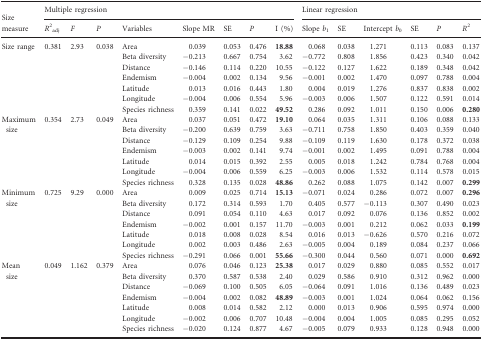
<table><thead><tr><td rowspan="2"><b>Size measure</b></td><td colspan="8"><b>Multiple regression</b></td><td colspan="6"><b>Linear regression</b></td></tr><tr><td><b><i>R</i><sup>2</sup><sub>adj</sub></b></td><td><b><i>F</i></b></td><td><b><i>P</i></b></td><td><b>Variables</b></td><td><b>Slope MR</b></td><td><b>SE</b></td><td><b><i>P</i></b></td><td><b>I (%)</b></td><td><b>Slope <i>b</i><sub>1</sub></b></td><td><b>SE</b></td><td><b>Intercept <i>b</i><sub>0</sub></b></td><td><b>SE</b></td><td><b><i>P</i></b></td><td><b><i>R</i><sup>2</sup></b></td></tr></thead><tbody><tr><td rowspan="7">Size range</td><td rowspan="7">0.381</td><td rowspan="7">2.93</td><td rowspan="7">0.038</td><td>Area</td><td>0.039</td><td>0.053</td><td>0.476</td><td><b>18.88</b></td><td>0.068</td><td>0.038</td><td>1.271</td><td>0.113</td><td>0.083</td><td>0.137</td></tr><tr><td>Beta diversity</td><td>−0.213</td><td>0.667</td><td>0.754</td><td>3.62</td><td>−0.772</td><td>0.808</td><td>1.856</td><td>0.423</td><td>0.340</td><td>0.042</td></tr><tr><td>Distance</td><td>−0.146</td><td>0.114</td><td>0.220</td><td>10.55</td><td>−0.122</td><td>0.127</td><td>1.622</td><td>0.189</td><td>0.348</td><td>0.042</td></tr><tr><td>Endemism</td><td>−0.004</td><td>0.002</td><td>0.134</td><td>9.56</td><td>−0.001</td><td>0.002</td><td>1.470</td><td>0.097</td><td>0.788</td><td>0.004</td></tr><tr><td>Latitude</td><td>0.013</td><td>0.016</td><td>0.443</td><td>1.80</td><td>0.004</td><td>0.019</td><td>1.276</td><td>0.837</td><td>0.838</td><td>0.002</td></tr><tr><td>Longitude</td><td>−0.004</td><td>0.006</td><td>0.554</td><td>5.96</td><td>−0.003</td><td>0.006</td><td>1.507</td><td>0.122</td><td>0.591</td><td>0.014</td></tr><tr><td>Species richness</td><td>0.359</td><td>0.141</td><td>0.022</td><td><b>49.52</b></td><td>0.286</td><td>0.092</td><td>1.011</td><td>0.150</td><td>0.006</td><td><b>0.280</b></td></tr><tr><td rowspan="7">Maximum size</td><td rowspan="7">0.354</td><td rowspan="7">2.73</td><td rowspan="7">0.049</td><td>Area</td><td>0.037</td><td>0.051</td><td>0.472</td><td><b>19.10</b></td><td>0.064</td><td>0.035</td><td>1.311</td><td>0.106</td><td>0.088</td><td>0.133</td></tr><tr><td>Beta diversity</td><td>−0.200</td><td>0.639</td><td>0.759</td><td>3.63</td><td>−0.711</td><td>0.758</td><td>1.850</td><td>0.403</td><td>0.359</td><td>0.040</td></tr><tr><td>Distance</td><td>−0.129</td><td>0.109</td><td>0.254</td><td>9.88</td><td>−0.109</td><td>0.119</td><td>1.630</td><td>0.178</td><td>0.372</td><td>0.038</td></tr><tr><td>Endemism</td><td>−0.003</td><td>0.002</td><td>0.141</td><td>9.74</td><td>−0.001</td><td>0.002</td><td>1.495</td><td>0.091</td><td>0.788</td><td>0.004</td></tr><tr><td>Latitude</td><td>0.014</td><td>0.015</td><td>0.392</td><td>2.55</td><td>0.005</td><td>0.018</td><td>1.242</td><td>0.784</td><td>0.768</td><td>0.004</td></tr><tr><td>Longitude</td><td>−0.004</td><td>0.006</td><td>0.559</td><td>6.25</td><td>−0.003</td><td>0.006</td><td>1.532</td><td>0.114</td><td>0.578</td><td>0.015</td></tr><tr><td>Species richness</td><td>0.328</td><td>0.135</td><td>0.028</td><td><b>48.86</b></td><td>0.262</td><td>0.088</td><td>1.075</td><td>0.142</td><td>0.007</td><td><b>0.299</b></td></tr><tr><td rowspan="7">Minimum size</td><td rowspan="7">0.725</td><td rowspan="7">9.29</td><td rowspan="7">0.000</td><td>Area</td><td>0.009</td><td>0.025</td><td>0.714</td><td><b>15.13</b></td><td>−0.071</td><td>0.024</td><td>0.286</td><td>0.072</td><td>0.007</td><td><b>0.296</b></td></tr><tr><td>Beta diversity</td><td>0.172</td><td>0.314</td><td>0.593</td><td>1.70</td><td>0.405</td><td>0.577</td><td>−0.113</td><td>0.307</td><td>0.490</td><td>0.023</td></tr><tr><td>Distance</td><td>0.091</td><td>0.054</td><td>0.110</td><td>4.63</td><td>0.017</td><td>0.092</td><td>0.076</td><td>0.136</td><td>0.852</td><td>0.002</td></tr><tr><td>Endemism</td><td>−0.002</td><td>0.001</td><td>0.157</td><td>11.70</td><td>−0.003</td><td>0.001</td><td>0.212</td><td>0.062</td><td>0.033</td><td><b>0.199</b></td></tr><tr><td>Latitude</td><td>0.018</td><td>0.008</td><td>0.028</td><td>8.54</td><td>0.016</td><td>0.013</td><td>−0.626</td><td>0.570</td><td>0.216</td><td>0.072</td></tr><tr><td>Longitude</td><td>0.002</td><td>0.003</td><td>0.486</td><td>2.63</td><td>−0.005</td><td>0.004</td><td>0.189</td><td>0.084</td><td>0.237</td><td>0.066</td></tr><tr><td>Species richness</td><td>−0.291</td><td>0.066</td><td>0.001</td><td><b>55.66</b></td><td>−0.300</td><td>0.044</td><td>0.560</td><td>0.071</td><td>0.000</td><td><b>0.692</b></td></tr><tr><td rowspan="7">Mean size</td><td rowspan="7">0.049</td><td rowspan="7">1.162</td><td rowspan="7">0.379</td><td>Area</td><td>0.076</td><td>0.046</td><td>0.123</td><td><b>25.38</b></td><td>0.017</td><td>0.029</td><td>0.880</td><td>0.085</td><td>0.552</td><td>0.017</td></tr><tr><td>Beta diversity</td><td>0.370</td><td>0.587</td><td>0.538</td><td>2.40</td><td>0.029</td><td>0.586</td><td>0.910</td><td>0.312</td><td>0.962</td><td>0.000</td></tr><tr><td>Distance</td><td>−0.069</td><td>0.100</td><td>0.505</td><td>6.05</td><td>−0.064</td><td>0.091</td><td>1.016</td><td>0.136</td><td>0.489</td><td>0.023</td></tr><tr><td>Endemism</td><td>−0.004</td><td>0.002</td><td>0.082</td><td><b>48.89</b></td><td>−0.003</td><td>0.001</td><td>1.024</td><td>0.064</td><td>0.062</td><td>0.156</td></tr><tr><td>Latitude</td><td>0.008</td><td>0.014</td><td>0.582</td><td>2.12</td><td>0.000</td><td>0.013</td><td>0.906</td><td>0.595</td><td>0.974</td><td>0.000</td></tr><tr><td>Longitude</td><td>−0.002</td><td>0.006</td><td>0.707</td><td>10.48</td><td>−0.004</td><td>0.004</td><td>1.005</td><td>0.085</td><td>0.295</td><td>0.052</td></tr><tr><td>Species richness</td><td>−0.020</td><td>0.124</td><td>0.877</td><td>4.67</td><td>−0.005</td><td>0.079</td><td>0.933</td><td>0.128</td><td>0.948</td><td>0.000</td></tr></tbody></table>